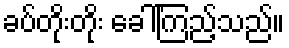
ခပ်တိုးတိုး ခေါ်ကြည့်သည်။